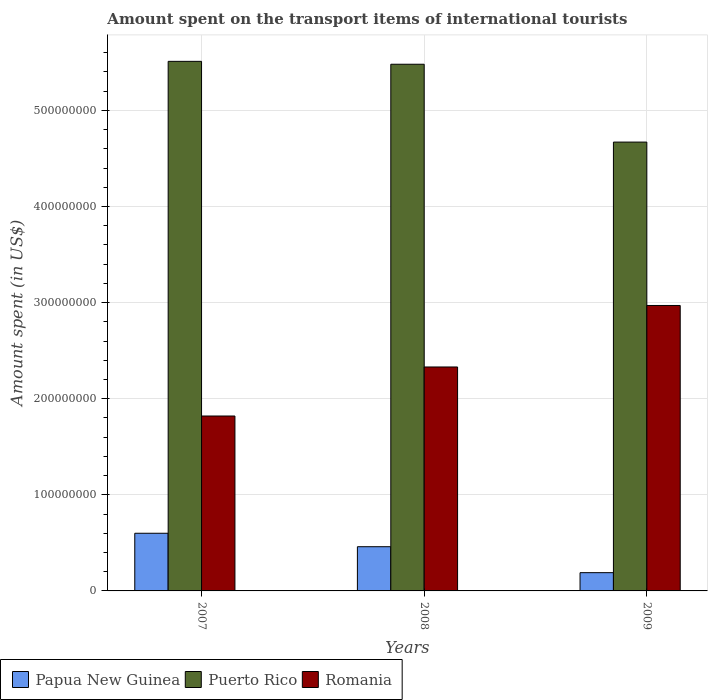
| Years | Papua New Guinea | Puerto Rico | Romania |
 | --- | --- | --- | --- |
 | 2007 | 6e+07 | 5.51e+08 | 1.82e+08 |
 | 2008 | 4.6e+07 | 5.48e+08 | 2.33e+08 |
 | 2009 | 1.9e+07 | 4.67e+08 | 2.97e+08 |